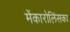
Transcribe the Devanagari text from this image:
मेंकारोलिंसका